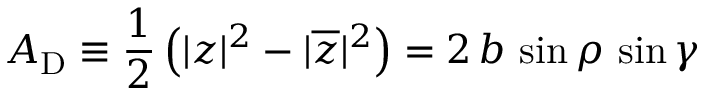
A _ { \mathrm { D } } \equiv \frac { 1 } { 2 } \left( | z | ^ { 2 } - | \overline { { { z } } } | ^ { 2 } \right) = 2 \, b \, \sin \rho \, \sin \gamma